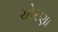
ચોરણા